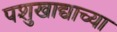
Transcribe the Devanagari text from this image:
पशुखाद्याच्या